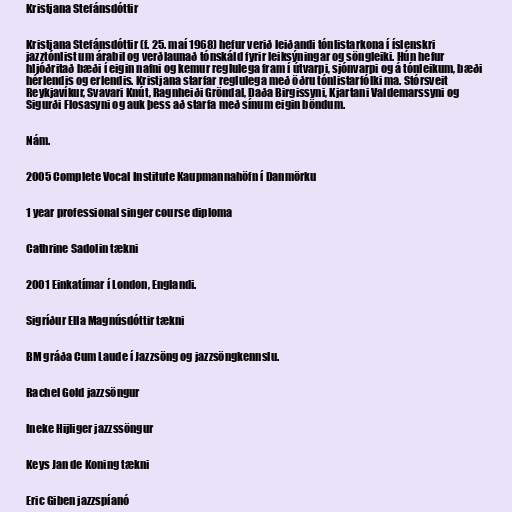
Kristjana Stefánsdóttir

Kristjana Stefánsdóttir (f. 25. maí 1968) hefur verið leiðandi tónlistarkona í íslenskri
jazztónlist um árabil og verðlaunað tónskáld fyrir leiksýningar og söngleiki. Hún hefur
hljóðritað bæði í eigin nafni og kemur reglulega fram í útvarpi, sjónvarpi og á tónleikum, bæði
hérlendis og erlendis. Kristjana starfar reglulega með öðru tónlistarfólki ma. Stórsveit
Reykjavíkur, Svavari Knút, Ragnheiði Gröndal, Daða Birgissyni, Kjartani Valdemarssyni og
Sigurði Flosasyni og auk þess að starfa með sínum eigin böndum.

Nám.

2005 Complete Vocal Institute Kaupmannahöfn í Danmörku

1 year professional singer course diploma

Cathrine Sadolin tækni

2001 Einkatímar í London, Englandi.

Sigríður Ella Magnúsdóttir tækni

BM gráða Cum Laude í Jazzsöng og jazzsöngkennslu.

Rachel Gold jazzsöngur

Ineke Hijliger jazzssöngur

Keys Jan de Koning tækni

Eric Giben jazzspíanó